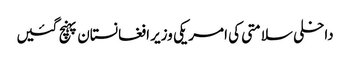
داخلی سلامتی کی امریکی وزیر افغانستان پہنچ گئیں